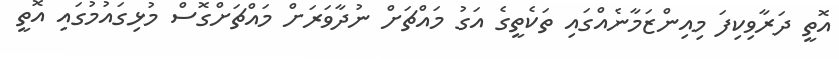
އޮތީ ދަރާވިކިފަ މިއިންޒަމާނެއްގައި ތަކެތީގެ އަގު މައްޗަށް ނުދާވަރަށް މައްޗަށްގޮސް މުޅިގައުމުގައި އޮތީ